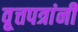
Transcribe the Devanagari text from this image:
वृ्त्तपत्रांनी